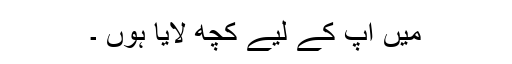
میں آپ کے لیے کچھ لایا ہوں ۔